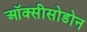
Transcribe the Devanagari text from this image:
ऑक्सीसोडोन